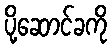
ပို့ဆောင်ခကို